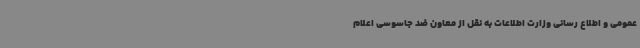
عمومی و اطلاع رسانی وزارت اطلاعات به نقل از معاون ضد جاسوسی اعلام